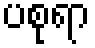
ပစုရာ